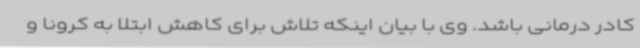
کادر درمانی باشد. وی با بیان اینکه تلاش برای کاهش ابتلا به کرونا و